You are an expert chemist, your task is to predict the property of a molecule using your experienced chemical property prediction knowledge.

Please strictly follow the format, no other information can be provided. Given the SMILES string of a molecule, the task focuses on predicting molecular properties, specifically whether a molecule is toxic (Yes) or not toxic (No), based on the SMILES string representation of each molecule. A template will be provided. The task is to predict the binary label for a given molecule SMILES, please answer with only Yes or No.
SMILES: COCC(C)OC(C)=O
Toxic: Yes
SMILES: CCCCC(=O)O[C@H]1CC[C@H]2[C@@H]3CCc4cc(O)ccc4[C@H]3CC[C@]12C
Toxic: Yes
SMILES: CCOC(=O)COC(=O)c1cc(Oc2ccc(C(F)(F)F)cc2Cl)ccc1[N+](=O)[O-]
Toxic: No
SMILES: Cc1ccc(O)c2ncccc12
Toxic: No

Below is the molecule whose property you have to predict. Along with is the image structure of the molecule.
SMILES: O=C(O)CCC(=O)c1ccc(-c2ccccc2)cc1
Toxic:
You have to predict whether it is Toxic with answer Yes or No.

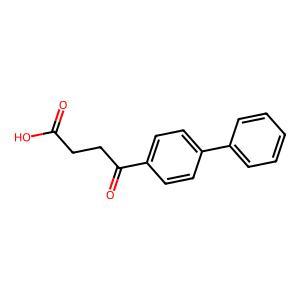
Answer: No